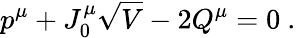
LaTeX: p^{\mu}+J_{0}^{\mu}\sqrt{V}-2Q^{\mu}=0\ .